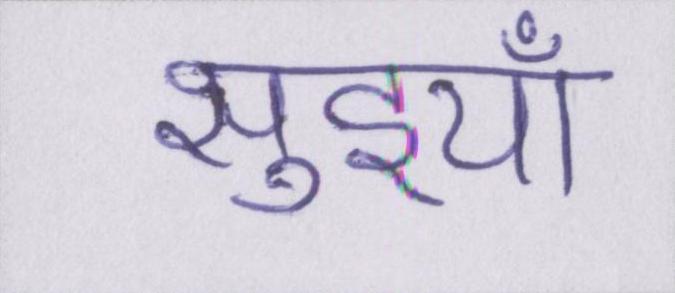
सुइयाँ